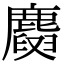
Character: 𪋕